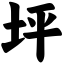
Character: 坪